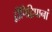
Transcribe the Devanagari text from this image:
द्वीपिद्विपानां